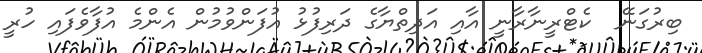
ބިރުގަނޭ  ކެޓްރީނާރާނީ އާއި އަދިތްޔާގެ ދަރިފުޅު އުފަންވުމުން އެންމެ އުފާވެފައި ހުރީ